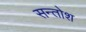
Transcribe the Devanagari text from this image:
सन्तोश